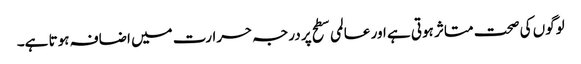
لوگوں کی صحت متاثر ہوتی ہے اور عالمی سطح پر درجہ حرارت میں اضافہ ہوتا ہے۔